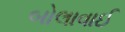
બોલાવાઈ